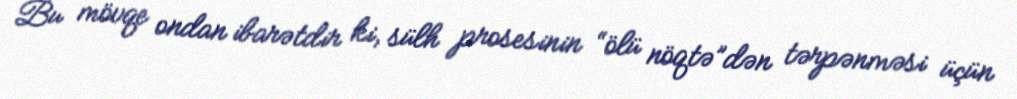
Bu mövqe ondan ibarətdir ki, sülh prosesinin “ölü nöqtə”dən tərpənməsi üçün